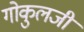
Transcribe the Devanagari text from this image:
गोकुलजी